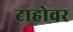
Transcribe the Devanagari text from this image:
टाहोवर